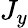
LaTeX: J_{y}